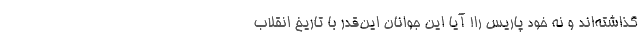
گذاشته‌اند و نه خود پاریس را! آیا این جوانان این‌قدر با تاریخ انقلاب